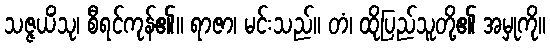
သဇ္ဇယိံသု၊ စီရင်ကုန်၏။ ရာဇာ၊ မင်းသည်။ တံ၊ ထိုပြည်သူတို့၏ အမှုကို။